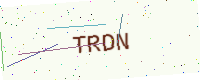
Text: TRDN